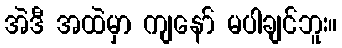
အဲဒီ အထဲမှာ ကျနော် မပါချင်ဘူး။